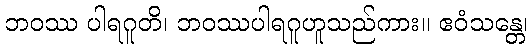
ဘဝဿ ပါရဂူတိ၊ ဘဝဿပါရဂူဟူသည်ကား။ ဧဝံသန္တေ၊